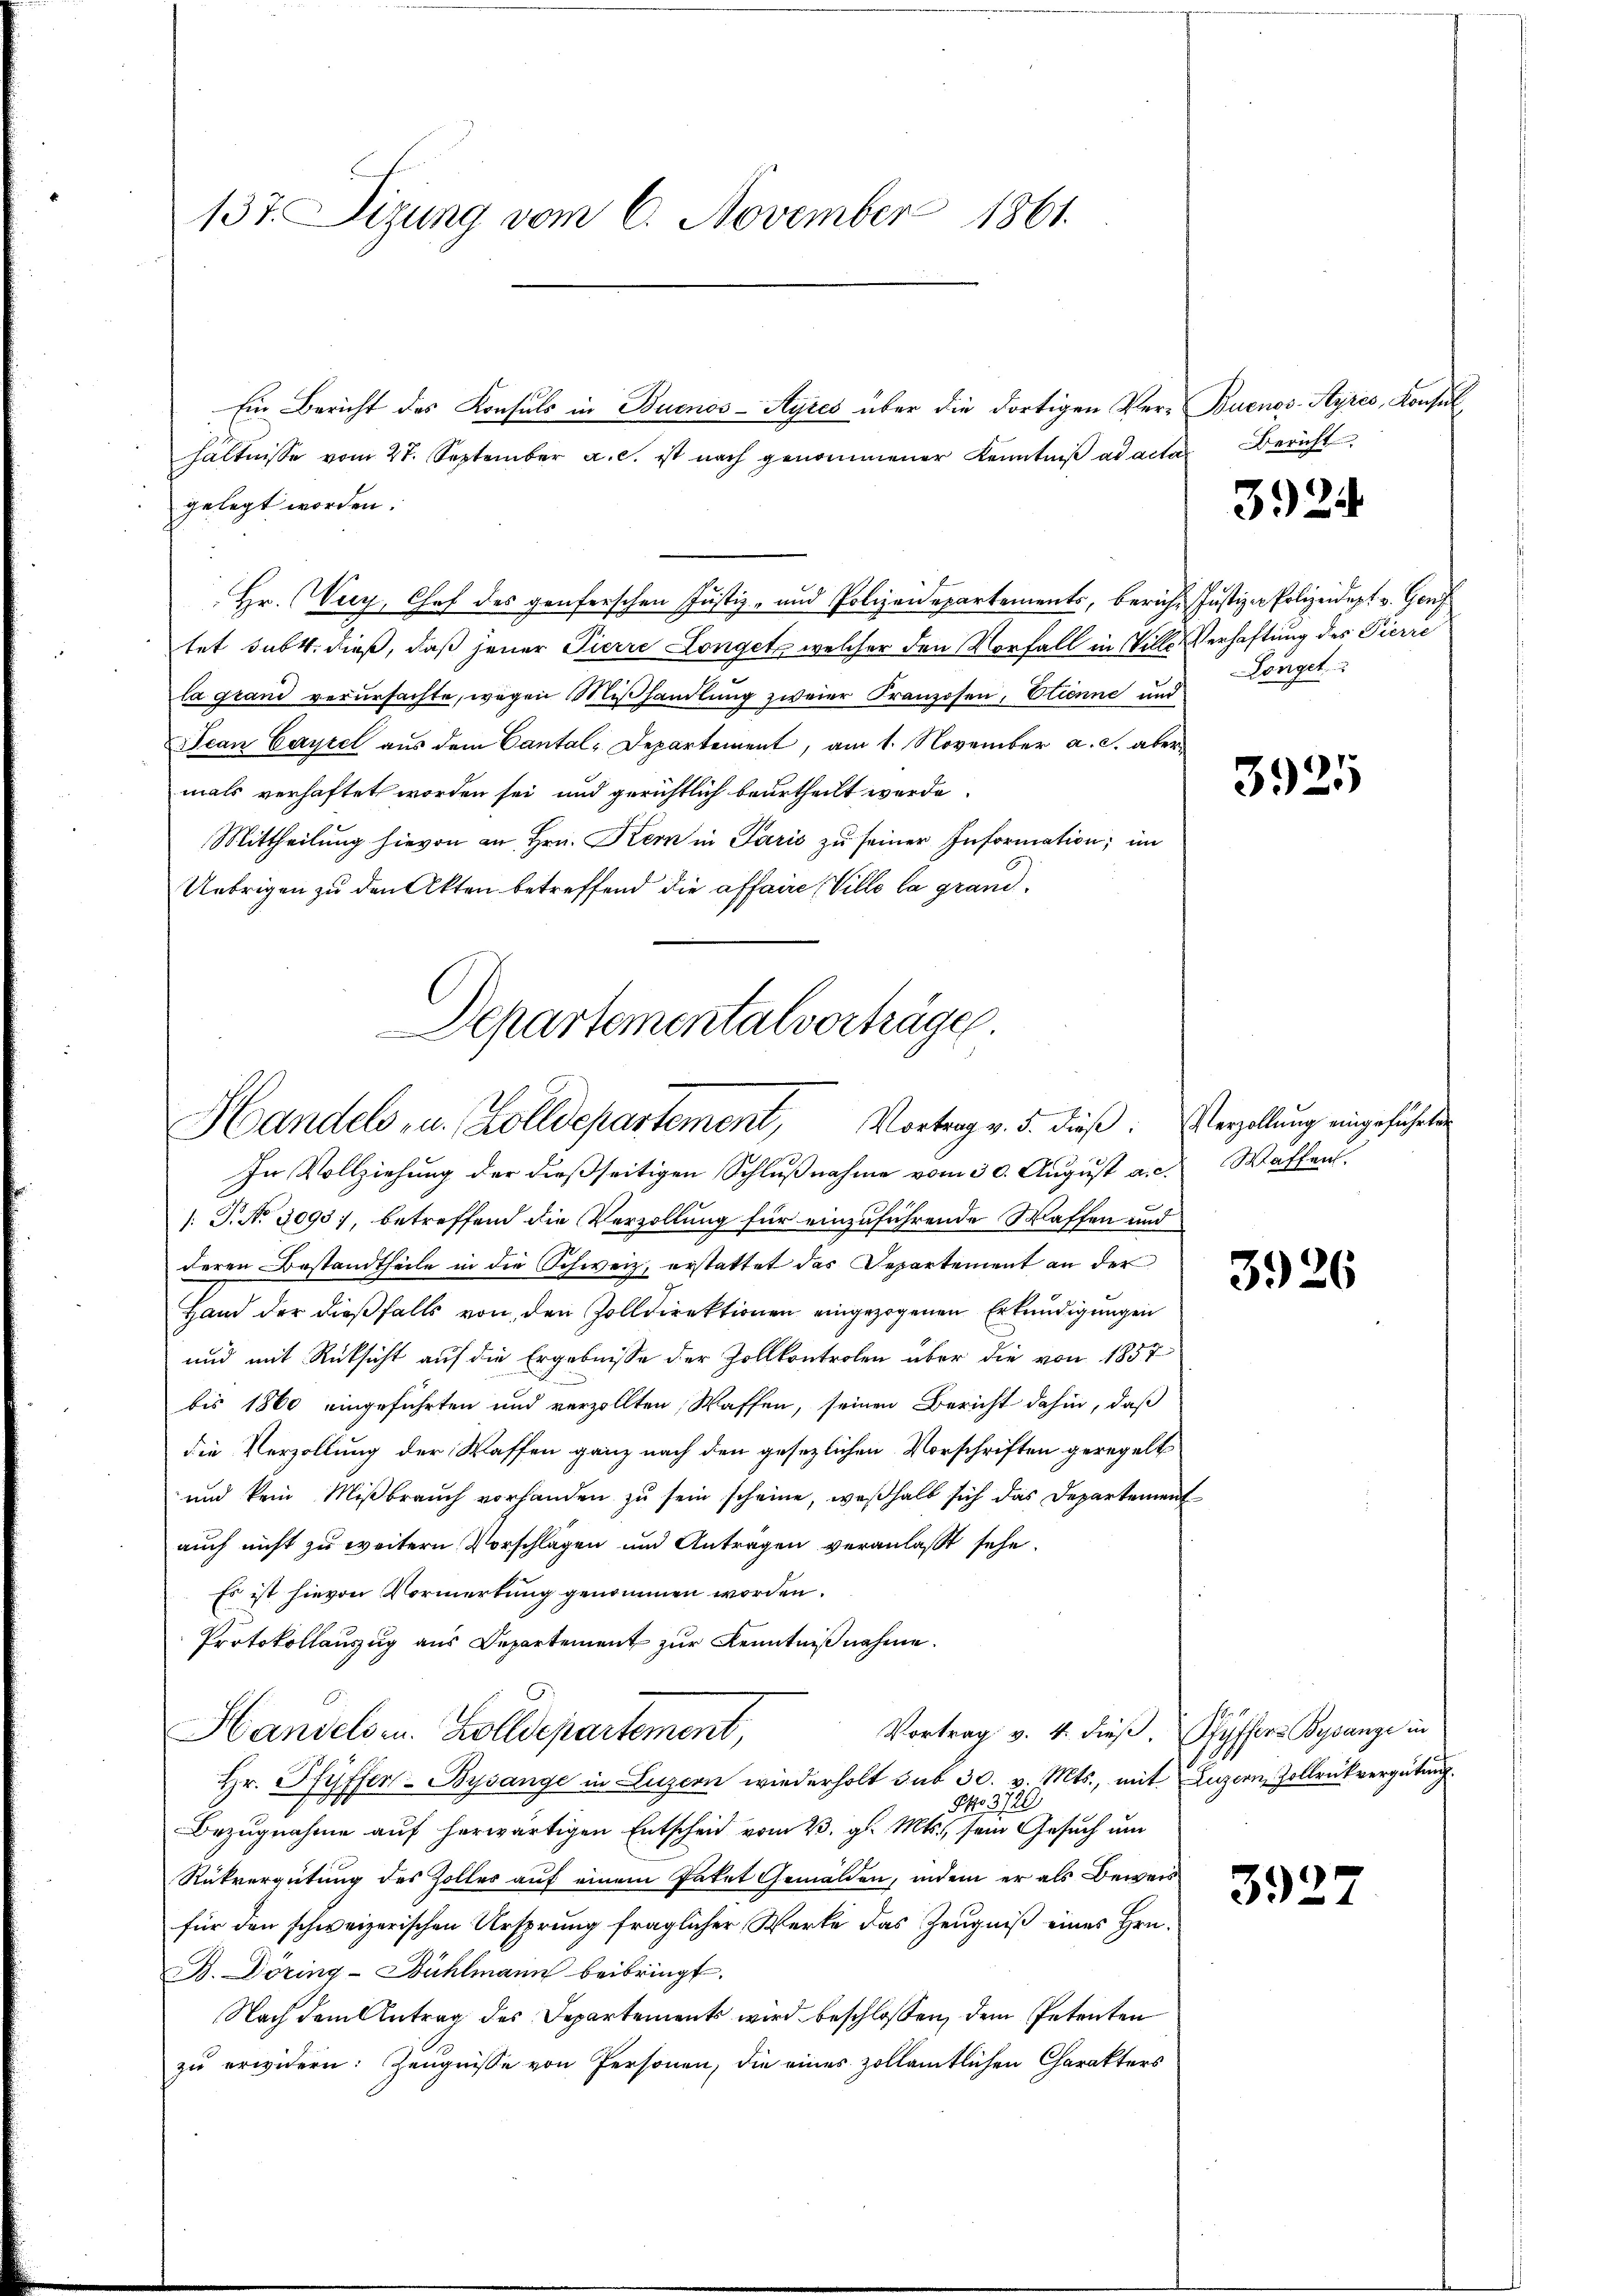
137. Sizung vom 6. November 1861.

Ein Bericht des Konsuls in Buenos-Ayres über die dortigen Ver- Buenos-Ayres, Konsul
hältnisse vom 27. September a. c. ist nach genommener Kenntniß ad acter Bericht
gelegt worden.
Hr. Wey, Chef des genferschen Justiz- und Polizeidepartements, bericht Justiz- Polizeidept v. Genf
tet sub 4. dieß, daß jener Pierre Konget, welcher den Vorfall in Ville Verhaftung des Pierre
la grand verursachte, wegen Miβhandlung zweier Franzosen, Etienne und
Jean Cayrel aus dem Cantal-Departement, am 1. November a. c. abermals verhaftet worden sei und gerichtlich beurtheilt werde.
Mittheilŭng hievon an Hrn. Kern in Paris zŭ seiner Information; im
Uebrigen zu den Akten betreffend die affaire Ville la grand¬

Departementalverträge.
Handels- u. Zolldepartement, Vortrag v. 5. dieß: Verzellung eingeführte

In Vollziehung der dießseitigen Schlußnahme vom 30. August a. c.
1: P. No 3093), betreffend die Verzollung für einzuführende Waffen und
deren Bestandtheile in die Schweiz, erstattet das Departement an der
Hand der dießfalls von den Zolldirektionen eingezogenen Erkundigungen
und mit Rücksicht auf die Ergebnisse der Zollkontrolen über die von 1857
bis 1860 eingeführten und verzollten Waffen, seinen Bericht dahin, daß
die Verzollung der Waffen ganz nach den gesezlichen Vorschriften geregelt
und kein Miβbraŭch vorhanden zŭ sein scheine, weßhalb sich das Departement
auch nicht zu weitern Vorschlägen und Antragen veranlaßt sehe.
Es ist hievon Vormerkung genommen worden.
Protokollauszug aus Departement zur Kenntnißnahme.
Vortrag v. 4. dieβ. Pfyffers Bysange in
Handelsr. Zolldepartement,
Hr. Pfyffer-Bysange in Luzern wiederholt sub 30. v. Mts., mit Luzern, Zollrückvergütung
NNo. 3720
Bezugnahme auf herwärtigen Entscheid vom 23. gl. Mts., sein Gesuch um
Rükvergütung des Zolles auf einem Patet Gemälden, indem er als Beweis
für den schweizerischen Ursprung fraglicher Werke das Zeugniß eines Hrn.
B. Döring-Bühlmann beibringt.
Nach dem Antrag des Departements wird beschlossen, dem Petenten
zu erwidern: Zeugnisse von Personen, die eines zollamtlichen Charakters

3924

Lönget

3925

Waffen.

3926

3927